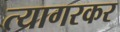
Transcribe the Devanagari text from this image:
त्यागरकर